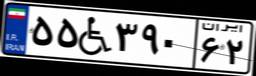
۵۵W۳۹۰۶۲